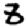
Digit: 8